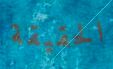
الحقيقة